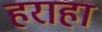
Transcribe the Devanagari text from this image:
हराहा